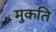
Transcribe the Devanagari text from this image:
मुकति